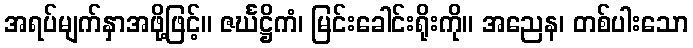
အရပ်မျက်နှာအဖို့ဖြင့်။ ဇင်္ဃဋ္ဌိကံ၊ မြင်းခေါင်းရိုးကို။ အညေန၊ တစ်ပါးသော